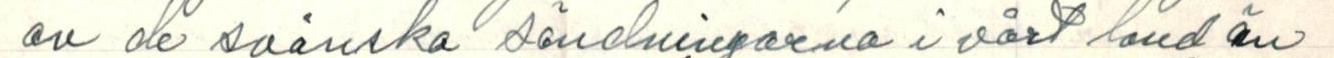
av de svenska sändningarna i vårt land än